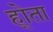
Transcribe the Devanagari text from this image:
हो्ता